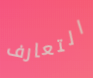
التعارف